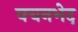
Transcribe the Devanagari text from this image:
वचनभेद